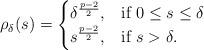
LaTeX: \begin{align*}\rho_\delta(s)=\begin{cases} \delta^{\frac{p-2}{2}},&\mbox{if }0\le s\le\delta\\ s^{\frac{p-2}{2}},&\mbox{if } s>\delta. \end{cases}\end{align*}